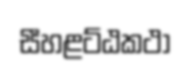
සීහළට්ඨකථා